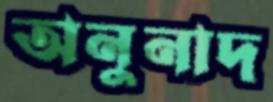
অনুনাদ